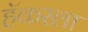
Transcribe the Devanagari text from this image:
हॅकरला